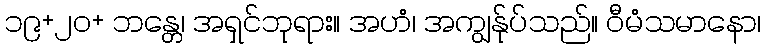
၁၉+၂၀+ ဘန္တေ၊ အရှင်ဘုရား။ အဟံ၊ အကျွန်ုပ်သည်။ ဝီမံသမာနော၊